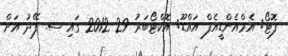
ފޮޓޯ: އެމްއެންޑީއެފް އައްޑޫ: އޮކްޓޯބަރު 29 2012 ގައި ސ. ފޭދު އަށް